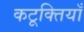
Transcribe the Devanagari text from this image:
कटूक्तियाँ